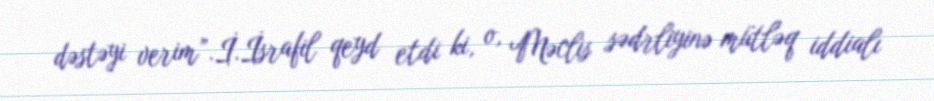
dəstəyi verim”.İ.İsrafil qeyd etdi ki, o, Məclis sədrliyinə mütləq iddialı